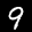
Label: 9